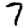
Digit: 7